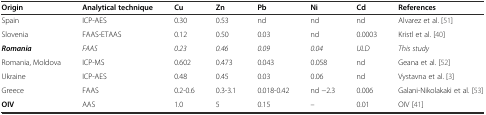
<table><thead><tr><td><b>Origin</b></td><td><b>Analytical technique</b></td><td><b>Cu</b></td><td><b>Zn</b></td><td><b>Pb</b></td><td><b>Ni</b></td><td><b>Cd</b></td><td><b>References</b></td></tr></thead><tbody><tr><td>Spain</td><td>ICP-AES</td><td>0.30</td><td>0.53</td><td>nd</td><td>nd</td><td>nd</td><td>Alvarez et al. [51]</td></tr><tr><td>Slovenia</td><td>FAAS-ETAAS</td><td>0.12</td><td>0.50</td><td>0.03</td><td>nd</td><td>0.0003</td><td>Kristl et al. [40]</td></tr><tr><td><b><i>Romania</i></b></td><td><i>FAAS</i></td><td><i>0.23</i></td><td><i>0.46</i></td><td><i>0.09</i></td><td><i>0.04</i></td><td><i>ULD</i></td><td><i>This study</i></td></tr><tr><td>Romania, Moldova</td><td>ICP-MS</td><td>0.602</td><td>0.473</td><td>0.043</td><td>0.058</td><td>nd</td><td>Geana et al. [52]</td></tr><tr><td>Ukraine</td><td>ICP-AES</td><td>0.48</td><td>0.45</td><td>0.03</td><td>0.06</td><td>nd</td><td>Vystavna et al. [3]</td></tr><tr><td>Greece</td><td>FAAS</td><td>0.2-0.6</td><td>0.3-3.1</td><td>0.018-0.42</td><td>nd −2.3</td><td>0.006</td><td>Galani-Nikolakaki et al. [53]</td></tr><tr><td><b>OIV</b></td><td>AAS</td><td>1.0</td><td>5</td><td>0.15</td><td>–</td><td>0.01</td><td>OIV [41]</td></tr></tbody></table>